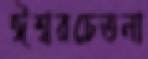
ঈশ্বরচেতনা